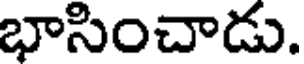
భాసించాడు.